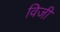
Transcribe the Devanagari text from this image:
विजी